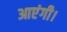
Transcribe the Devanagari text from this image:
आएंगी।